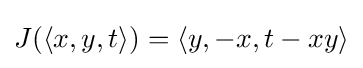
J(\langle x,y,t\rangle )=\langle y,-x,t-xy\rangle